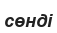
сөнді